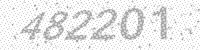
Solution: 482201